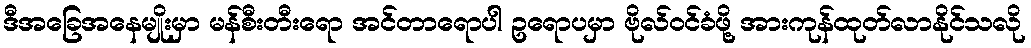
ဒီအခြေအနေမျိုးမှာ မန်စီးတီးရော အင်တာရောပါ ဥရောပမှာ ဗိုလ်ဝင်ခံဖို့ အားကုန်ထုတ်လာနိုင်သလို